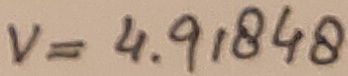
Text: V=4.91848